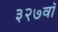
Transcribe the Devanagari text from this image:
३२७वॉ